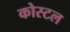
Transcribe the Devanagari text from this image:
कोस्‍टल